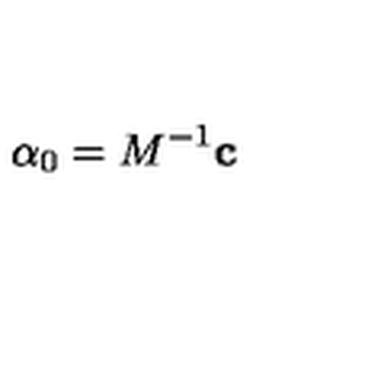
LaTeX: \mathrm { \boldmath \alpha } _ { 0 } = M ^ { - 1 } { \bf c }